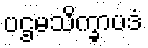
ပဌမသိက္ခာပဒံ